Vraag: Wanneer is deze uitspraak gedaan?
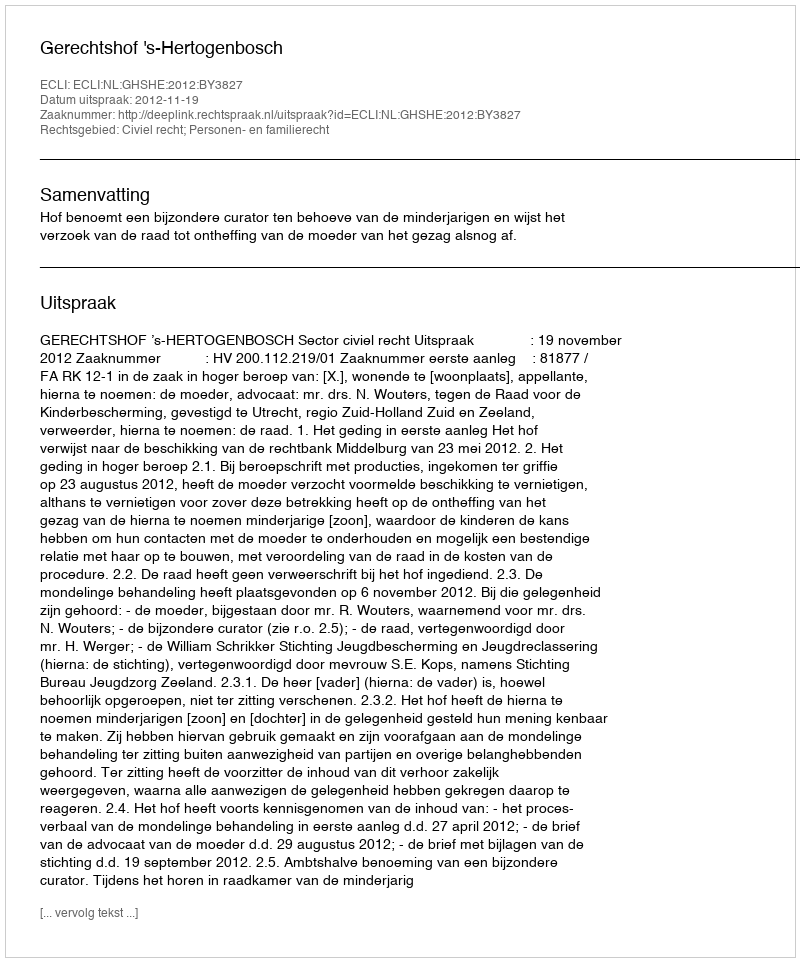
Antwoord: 2012-11-19